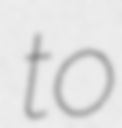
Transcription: to